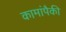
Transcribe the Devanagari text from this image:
कामांपैकी